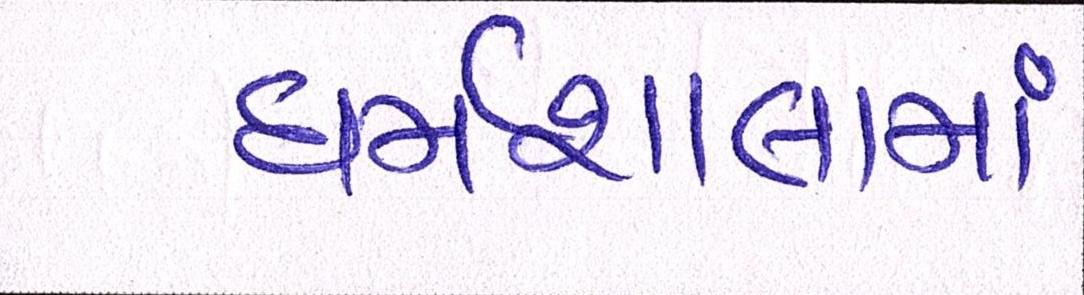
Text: ધર્મશાલામાં